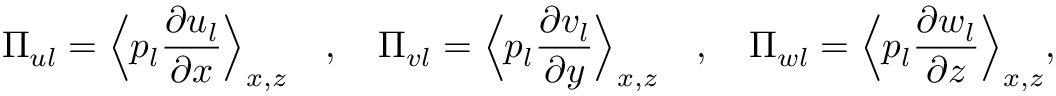
\Pi _ { u l } = \Bigl \langle p _ { l } \frac { \partial u _ { l } } { \partial x } \Bigr \rangle _ { x , z } \quad , \quad \Pi _ { v l } = \Bigl \langle p _ { l } \frac { \partial v _ { l } } { \partial y } \Bigr \rangle _ { x , z } \quad , \quad \Pi _ { w l } = \Bigl \langle p _ { l } \frac { \partial w _ { l } } { \partial z } \Bigr \rangle _ { x , z } , \: